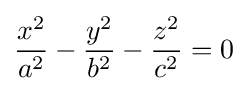
{\frac {x^{2}}{a^{2}}}-{\frac {y^{2}}{b^{2}}}-{\frac {z^{2}}{c^{2}}}=0